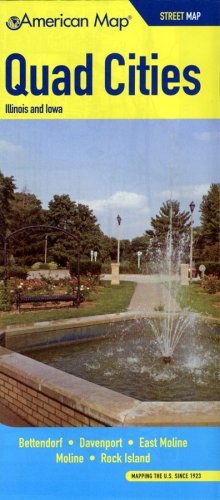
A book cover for Quad Cities Il/Ia Street Map; Travel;